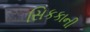
સિકકાની